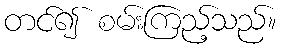
တင်၍ စမ်းကြည့်သည်။